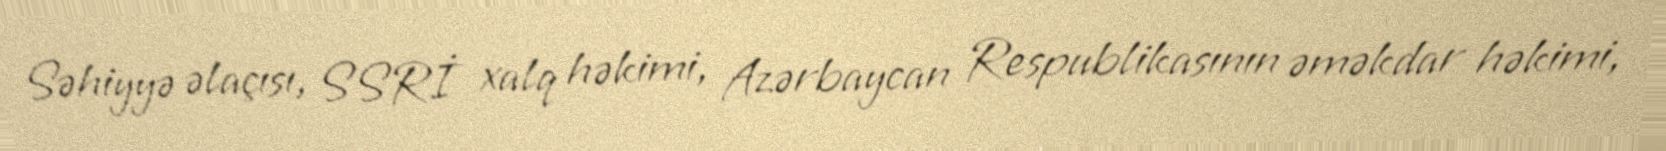
Səhiyyə əlaçısı, SSRİ xalq həkimi, Azərbaycan Respublikasının əməkdar həkimi,